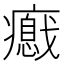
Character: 𤻦